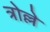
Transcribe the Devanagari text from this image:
त्रोल्ले